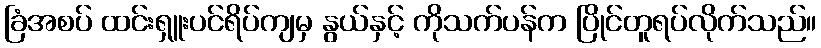
ခြံအစပ် ထင်းရှူးပင်ရိပ်ကျမှ နွယ်နှင့် ကိုသက်ပန်က ပြိုင်တူရပ်လိုက်သည်။